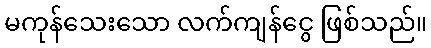
မကုန်သေးသော လက်ကျန်ငွေ ဖြစ်သည်။